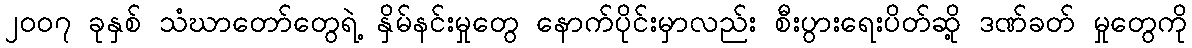
၂၀၀၇ ခုနှစ် သံဃာတော်တွေရဲ့ နှိမ်နင်းမှုတွေ နောက်ပိုင်းမှာလည်း စီးပွားရေးပိတ်ဆို့ ဒဏ်ခတ် မှုတွေကို